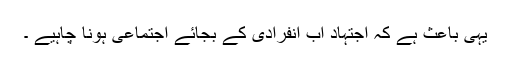
یہی باعث ہے کہ اجتہاد اب انفرادی کے بجائے اجتماعی ہونا چاہیے ۔